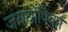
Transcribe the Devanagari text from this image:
जयघोषिका